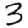
Digit: 3